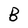
Character: B